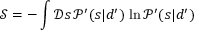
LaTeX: { \mathcal { S } } = - \int { \mathcal { D } } s \, { \mathcal { P } } ^ { \prime } ( s | d ^ { \prime } ) \, \ln { \mathcal { P } } ^ { \prime } ( s | d ^ { \prime } )